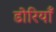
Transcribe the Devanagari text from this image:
डोरियाँ